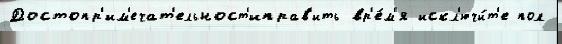
Достопр'им'ечат'ельност'иправ'ить вр'е́м'я искл'ючи́т'е пол